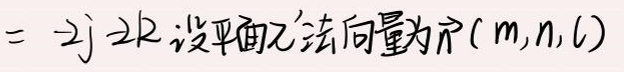
\(= 2j2k(\)设平面\(\alpha\)法向量为\(\overrightarrow{n}(m,n,l)\)